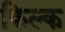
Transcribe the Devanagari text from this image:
किल्क